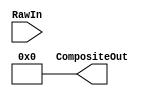

module PPU_CompositeDAC (RawIn, CompositeOut);

	input [10:0] RawIn;
	output [31:0] CompositeOut;

	assign CompositeOut = 32'b0;

endmodule // PPU_CompositeDAC